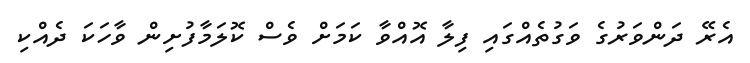
އެރޭ ދަންވަރުގެ ވަގުތެއްގައި ފިލާ އޮއްވާ ކަމަށް ވެސް ކޮލަމާފުށިން ވާހަކަ ދެއްކި